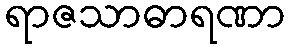
ရာဇသာဓာရဏာ